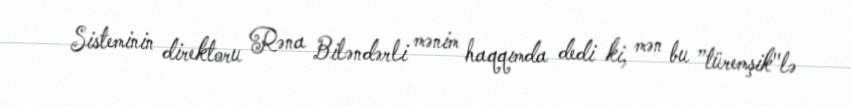
Sisteminin direktoru Rəna Biləndərli mənim haqqımda dedi ki, mən bu ”türemşik"lə